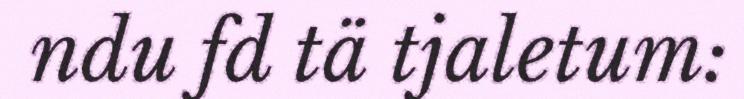
ndu fd tä tjaletum: